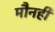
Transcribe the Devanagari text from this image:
मौनही